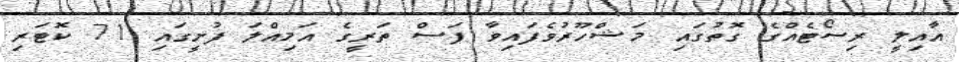
އާއިލީ ރިސޯޓެއްގެ ގޮތުގައި މަޝްހޫރުވެފައިވާ ފަސް ތަރީގެ އަމިއްލަ ފުށީގައި 71 ކޮޓަރި